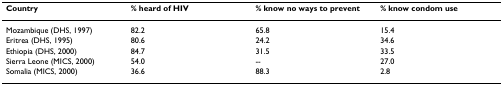
| Country | % heard of HIV | % know no ways to prevent | % know condom use |
 | --- | --- | --- | --- |
 | Mozambique (DHS, 1997) | 82.2 | 65.8 | 15.4 |
 | Eritrea (DHS, 1995) | 80.6 | 24.2 | 34.6 |
 | Ethiopia (DHS, 2000) | 84.7 | 31.5 | 33.5 |
 | Sierra Leone (MICS, 2000) | 54.0 | -- | 27.0 |
 | Somalia (MICS, 2000) | 36.6 | 88.3 | 2.8 |